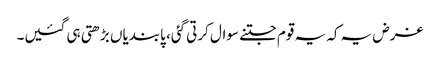
غرض یہ کہ یہ قوم جتنے سوال کرتی گئی، پابندیاں بڑھتی ہی گئیں۔